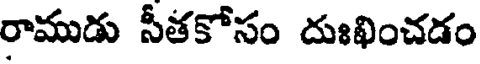
రాముడు సీతకోసం దుఃఖించడం